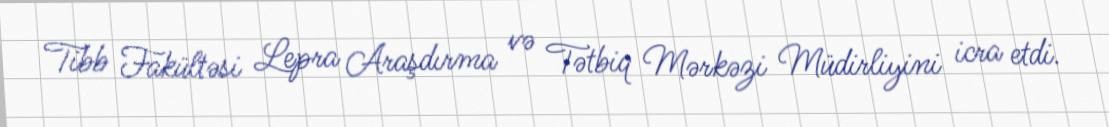
Tibb Fakültəsi Lepra Araşdırma və Tətbiq Mərkəzi Müdirliyini icra etdi.